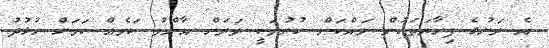
އެ ރަށުގެ ފިހާރަތަކުން ވައްކަން ކުރުމަކީ ވަރަށް އާންމު ކަމެއް ކަމަށް ހުޅުދު